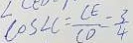
\cos \angle C = \frac { C E } { C O } = \frac { 3 } { 4 }